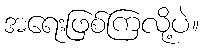
အရေးဖြစ်ကြလို့ပဲ။